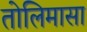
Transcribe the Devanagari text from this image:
तोलिमासा